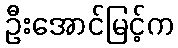
ဦးအောင်မြင့်က